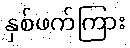
နှစ်ဖက်ကြား